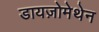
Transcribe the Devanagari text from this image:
डायज़ोमेथेन